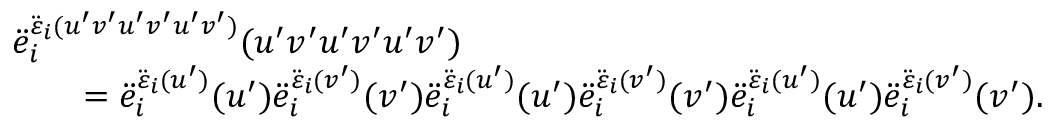
\begin{array} { r l } & { \ddot { e } _ { i } ^ { \ddot { \varepsilon } _ { i } ( u ^ { \prime } v ^ { \prime } u ^ { \prime } v ^ { \prime } u ^ { \prime } v ^ { \prime } ) } ( u ^ { \prime } v ^ { \prime } u ^ { \prime } v ^ { \prime } u ^ { \prime } v ^ { \prime } ) } \\ & { \qquad = \ddot { e } _ { i } ^ { \ddot { \varepsilon } _ { i } ( u ^ { \prime } ) } ( u ^ { \prime } ) \ddot { e } _ { i } ^ { \ddot { \varepsilon } _ { i } ( v ^ { \prime } ) } ( v ^ { \prime } ) \ddot { e } _ { i } ^ { \ddot { \varepsilon } _ { i } ( u ^ { \prime } ) } ( u ^ { \prime } ) \ddot { e } _ { i } ^ { \ddot { \varepsilon } _ { i } ( v ^ { \prime } ) } ( v ^ { \prime } ) \ddot { e } _ { i } ^ { \ddot { \varepsilon } _ { i } ( u ^ { \prime } ) } ( u ^ { \prime } ) \ddot { e } _ { i } ^ { \ddot { \varepsilon } _ { i } ( v ^ { \prime } ) } ( v ^ { \prime } ) . } \end{array}